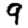
Digit: 9